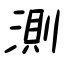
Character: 測